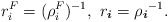
\begin{align*} r_i^F = (\rho_i^F)^{-1}, \ r_{ \boldsymbol{i} } = {\rho_{ \boldsymbol{i} }}^{-1}.\end{align*}